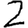
Digit: 2